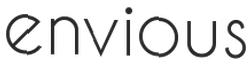
envious